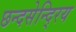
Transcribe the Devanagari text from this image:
छन्दसेन्दि्रय